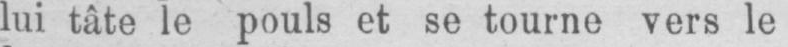
lui tâte le pouls et se tourne vers le